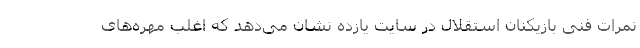
نمرات فنی بازیکنان استقلال در سایت یازده نشان می‌دهد که اغلب مهره‌های